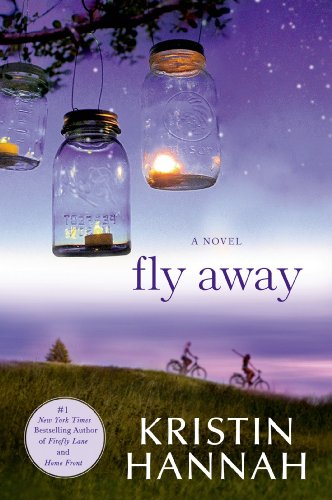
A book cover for Fly Away; Kristin Hannah; Literature & Fiction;